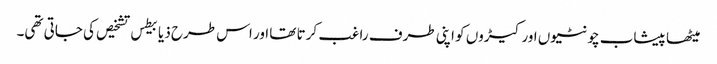
میٹھا پیشاب چونٹیوں اور کیڑوں کو اپنی طرف راغب کرتا تھا اور اس طرح ذیابیطس تشخیص کی جاتی تھی۔